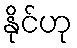
နိုင်ဟု